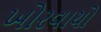
ખોરવાયો